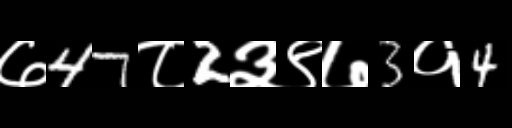
Text: ७47८2३९७3१4